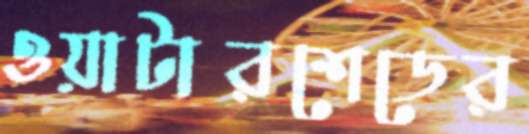
ওয়াটারশেডের